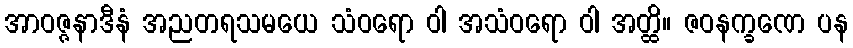
အာဝဇ္ဇနာဒီနံ အညတရသမယေ သံဝရော ဝါ အသံဝရော ဝါ အတ္ထိ။ ဇဝနက္ခဏေ ပန